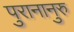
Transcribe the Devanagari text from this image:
पुरानानुरु